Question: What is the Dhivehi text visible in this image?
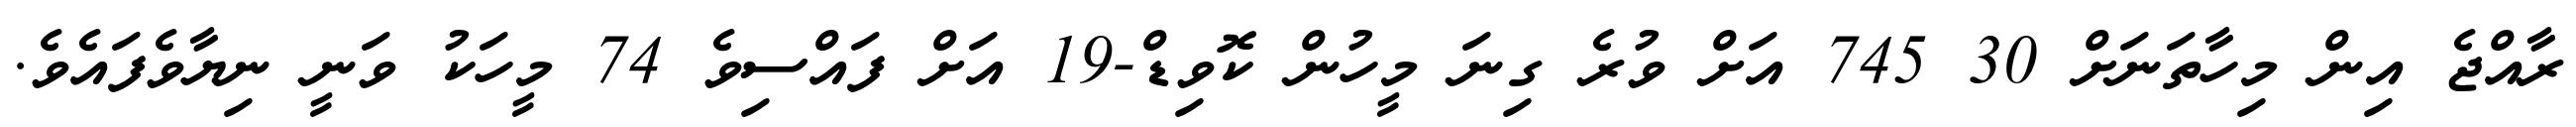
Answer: ރާއްޖެ އިން މިހާތަނަށް 30 745 އަށް ވުރެ ގިނަ މީހުން ކޮވިޑް-19 އަށް ފައްސިވެ 74 މީހަކު ވަނީ ނިޔާވެފައެވެ.